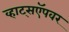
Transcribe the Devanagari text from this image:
व्हाट्सऍपवर